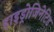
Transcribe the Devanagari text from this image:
हाइड्रोजिनेटिड